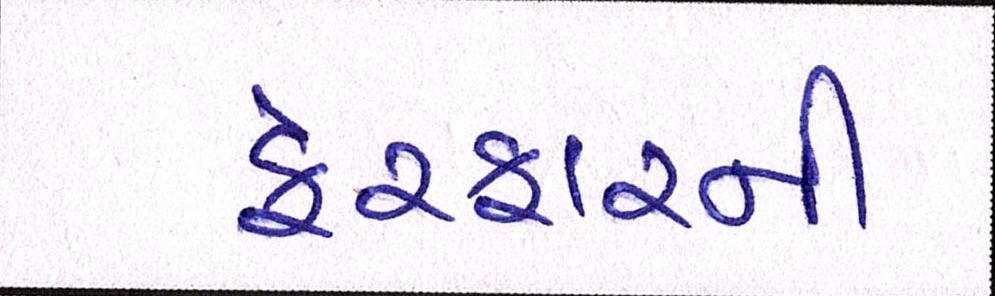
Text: ફેરફારની